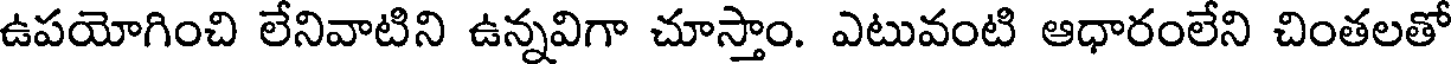
ఉపయోగించి లేనివాటిని ఉన్నవిగా చూస్తాం. ఎటువంటి ఆధారంలేని చింతలతో